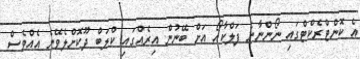
އެ ކޮންޓްރެކްޓްގައި ނޯންނާނެ ފަލްކާއޯ އަށް ބޭނުން އިރެއްގައި ކްލަބް ދޫކޮށްލެވޭނެ އެއްވެސް